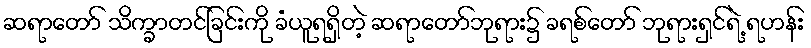
ဆရာတော် သိက္ခာတင်ခြင်းကို ခံယူရရှိတဲ့ ဆရာတော်ဘုရား၌ ခရစ်တော် ဘုရားရှင်ရဲ့ ရဟန်း